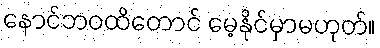
နောင်ဘဝထိတောင် မေ့နိုင်မှာမဟုတ်။